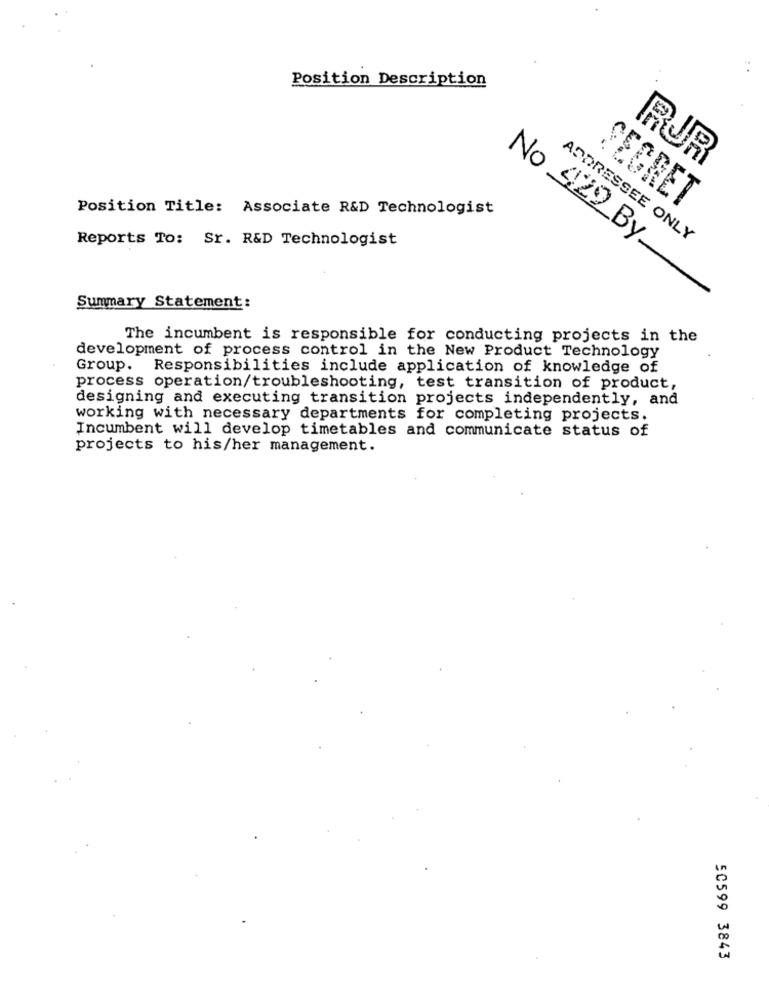
Position Description
RJR
Position Title: Associate R&D Technologist
SECRET
Reports To: Sr. R&D Technologist
ADDRESSEE ONLY
No 429 By
Summary Statement :
The incumbent is responsible for conducting projects in the
development of process control in the New Product Technology
Group. Responsibilities include application of knowledge of
process operation/troubleshooting, test transition of product,
designing and executing transition projects independently, and
working with necessary departments for completing projects.
Incumbent will develop timetables and communicate status of
projects to his/her management.
In
w
50599 3843